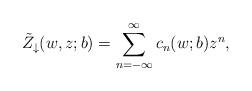
LaTeX: \begin{align*}\tilde{Z}_\downarrow (w, z; b)=\sum_{n=-\infty}^\infty c_n(w;b) z^{n},\end{align*}